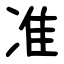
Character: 准